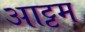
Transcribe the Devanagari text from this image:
आट्टम